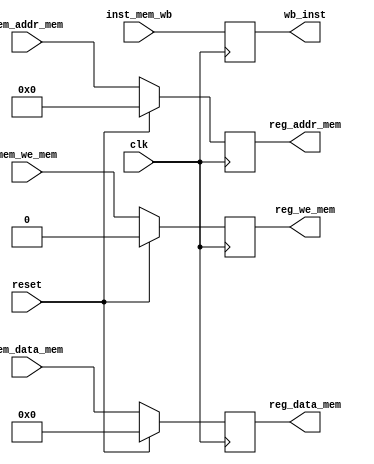
module reg_MEM_WB(
    input clk,
    input reset,

    input [31:0] inst_mem_wb,

    input [31:0] mem_data_mem, // If LW or SW not done then =rd_data_mama, else will be assigned the LW data which is ram_data
    input [4:0] mem_addr_mem, // input output thing as we need the addr to either lw or for the Wb
    input mem_we_mem, // Outout is inoptu,
    
    output reg [31:0] reg_data_mem, // If LW or SW not done then =rd_data_mama, else will be assigned the LW data which is ram_data
    output reg [4:0] reg_addr_mem, // output reg output thing as we need the addr to either lw or for the Wb
    output reg reg_we_mem, // Outout is inoptu,
    output reg [31:0] wb_inst
    );

    always @(posedge clk) begin
        if(reset == 1) begin
            reg_data_mem <= 0;
            reg_addr_mem <= 0;
            reg_we_mem <= 0;
        end
        else begin
            reg_data_mem <= mem_data_mem;
            reg_addr_mem <= mem_addr_mem;
            reg_we_mem <= mem_we_mem;
        end
    end

    always @(posedge clk) begin
        wb_inst <= inst_mem_wb;
    end

endmodule